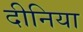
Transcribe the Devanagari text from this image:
दीनिया